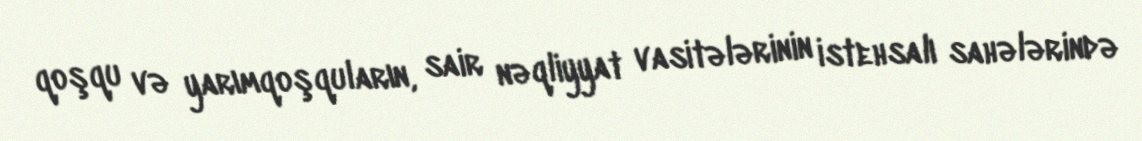
qoşqu və yarımqoşquların, sair nəqliyyat vasitələrinin istehsalı sahələrində